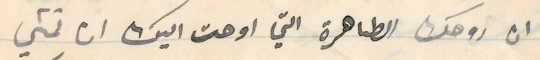
ان روحك الطاهرة التي اوحت اليك ان تمشي